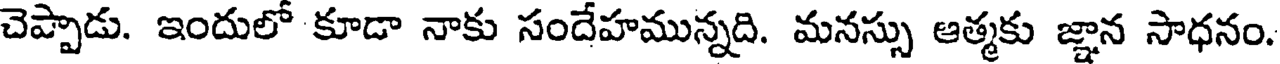
చెప్పాడు. ఇందులో కూడా నాకు సందేహమున్నది. మనస్సు ఆత్మకు జ్ఞాన సాధనం.